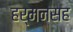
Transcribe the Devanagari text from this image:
हर्मनसह